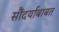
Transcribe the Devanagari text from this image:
सौंदर्याबाबत